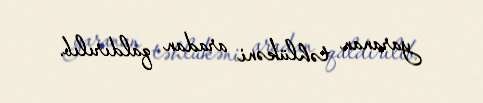
yaranan təhlükəni aradan qaldırılıb.